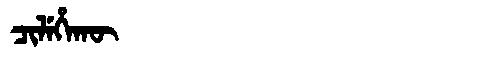
Manchu: ᠴᡳᠯᡝᡥᠠᡴᡡ
Romanization: CILEHAKŪ